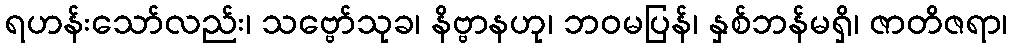
ရဟန်းသော်လည်း၊ သဗ္ဗော်သုခ၊ နိဗ္ဗာနဟု၊ ဘဝမပြန်၊ နှစ်ဘန်မရှိ၊ ဇာတိဇရာ၊